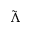
\Tilde { \Lambda }